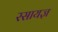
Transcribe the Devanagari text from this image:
रसायज्ञ